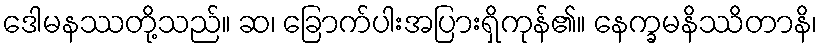
ဒေါမနဿတို့သည်။ ဆ၊ ခြောက်ပါးအပြားရှိကုန်၏။ နေက္ခမနိဿိတာနိ၊